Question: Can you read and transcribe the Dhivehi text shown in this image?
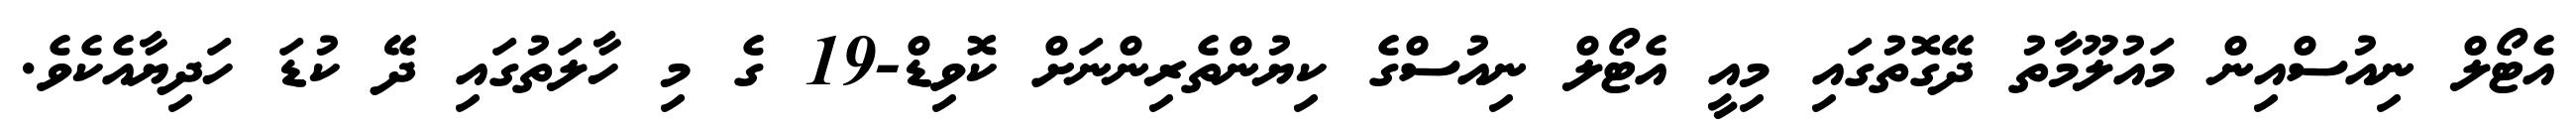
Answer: އެޓޯލް ނިއުސްއިން މައުލޫމާތު ދޭގޮތުގައި މިއީ އެޓޯލް ނިއުސްގެ ކިޔުންތެރިންނަށް ކޮވިޑް-19 ގެ މި ހާލަތުގައި ދޭ ކުޑަ ހަދިޔާއެކެވެ.